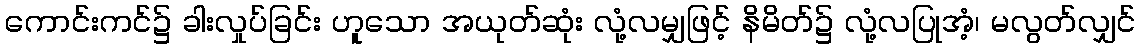
ကောင်းကင်၌ ခါးလှုပ်ခြင်း ဟူသော အယုတ်ဆုံး လုံ့လမျှဖြင့် နိမိတ်၌ လုံ့လပြုအံ့၊ မလွတ်လျှင်